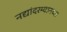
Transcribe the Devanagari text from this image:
नद्यांदरम्यानच्या